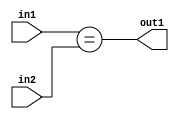
`timescale 1ps / 1ps
/*****************************************************************************
    Verilog RTL Description
    
    
    Created by: Stratus DpOpt 2019.1.01 
*******************************************************************************/

module dut_Equal_3Ux2U_1U_4 (
	in2,
	in1,
	out1
	); /* architecture "behavioural" */ 
input [2:0] in2;
input [1:0] in1;
output  out1;
wire  asc001;

assign asc001 = (in1==in2);

assign out1 = asc001;
endmodule

/* CADENCE  urj5Tgo= : u9/ySgnWtBlWxVPRXgAZ4Og= ** DO NOT EDIT THIS LINE ******/